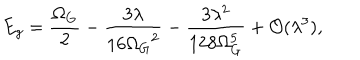
LaTeX: E _ { g } = \frac { \Omega _ { G } } { 2 } - \frac { 3 \lambda } { 1 6 { \Omega _ { G } } ^ { 2 } } - \frac { 3 \lambda ^ { 2 } } { 1 2 8 \Omega _ { G } ^ { 5 } } + { \cal O } ( \lambda ^ { 3 } ) ,